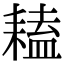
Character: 𦔏